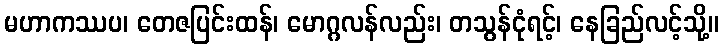
မဟာကဿပ၊ တေဇပြင်းထန်၊ မောဂ္ဂလန်လည်း၊ တသွန်ငုံရင့်၊ နေခြည်လင့်သို့။